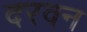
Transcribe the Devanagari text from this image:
दरवन